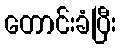
တောင်းခံပြီး